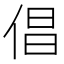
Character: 倡